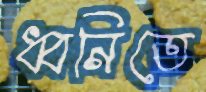
ধ্বনিতে